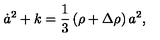
\dot { a } ^ { 2 } + k = \frac { 1 } { 3 } \left( \rho + \Delta \rho \right) a ^ { 2 } ,